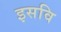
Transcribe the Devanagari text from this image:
इसवि